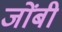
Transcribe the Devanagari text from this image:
जोंबी